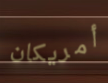
أمريكان